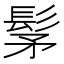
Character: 髳